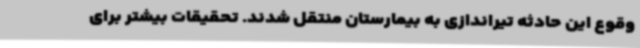
وقوع این حادثه تیراندازی به بیمارستان منتقل شدند. تحقیقات بیشتر برای